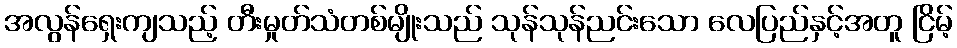
အလွန်ရှေးကျသည့် တီးမှုတ်သံတစ်မျိုးသည် သုန်သုန်ညင်းသော လေပြည်နှင့်အတူ ငြိမ့်